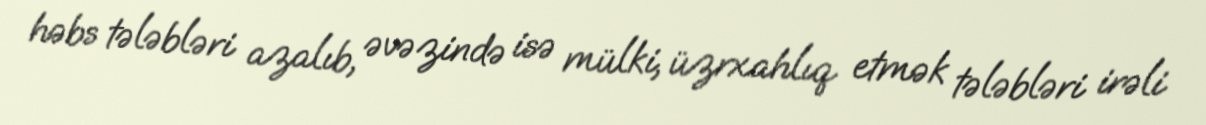
həbs tələbləri azalıb, əvəzində isə mülki, üzrxahlıq etmək tələbləri irəli